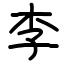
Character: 李